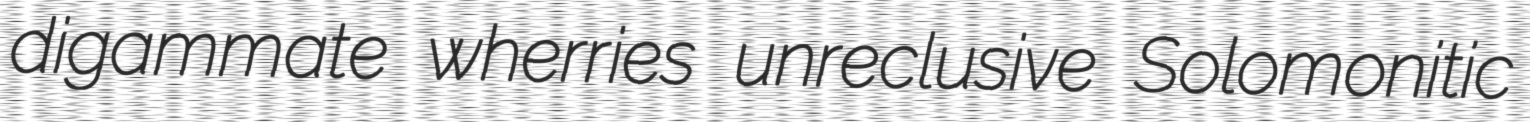
digammate wherries unreclusive Solomonitic